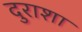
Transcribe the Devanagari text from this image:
दुराशा